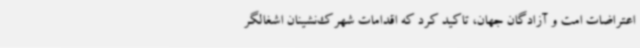
اعتراضات امت و آزادگان جهان، تاکید کرد که اقدامات شهرک‌نشینان اشغالگر